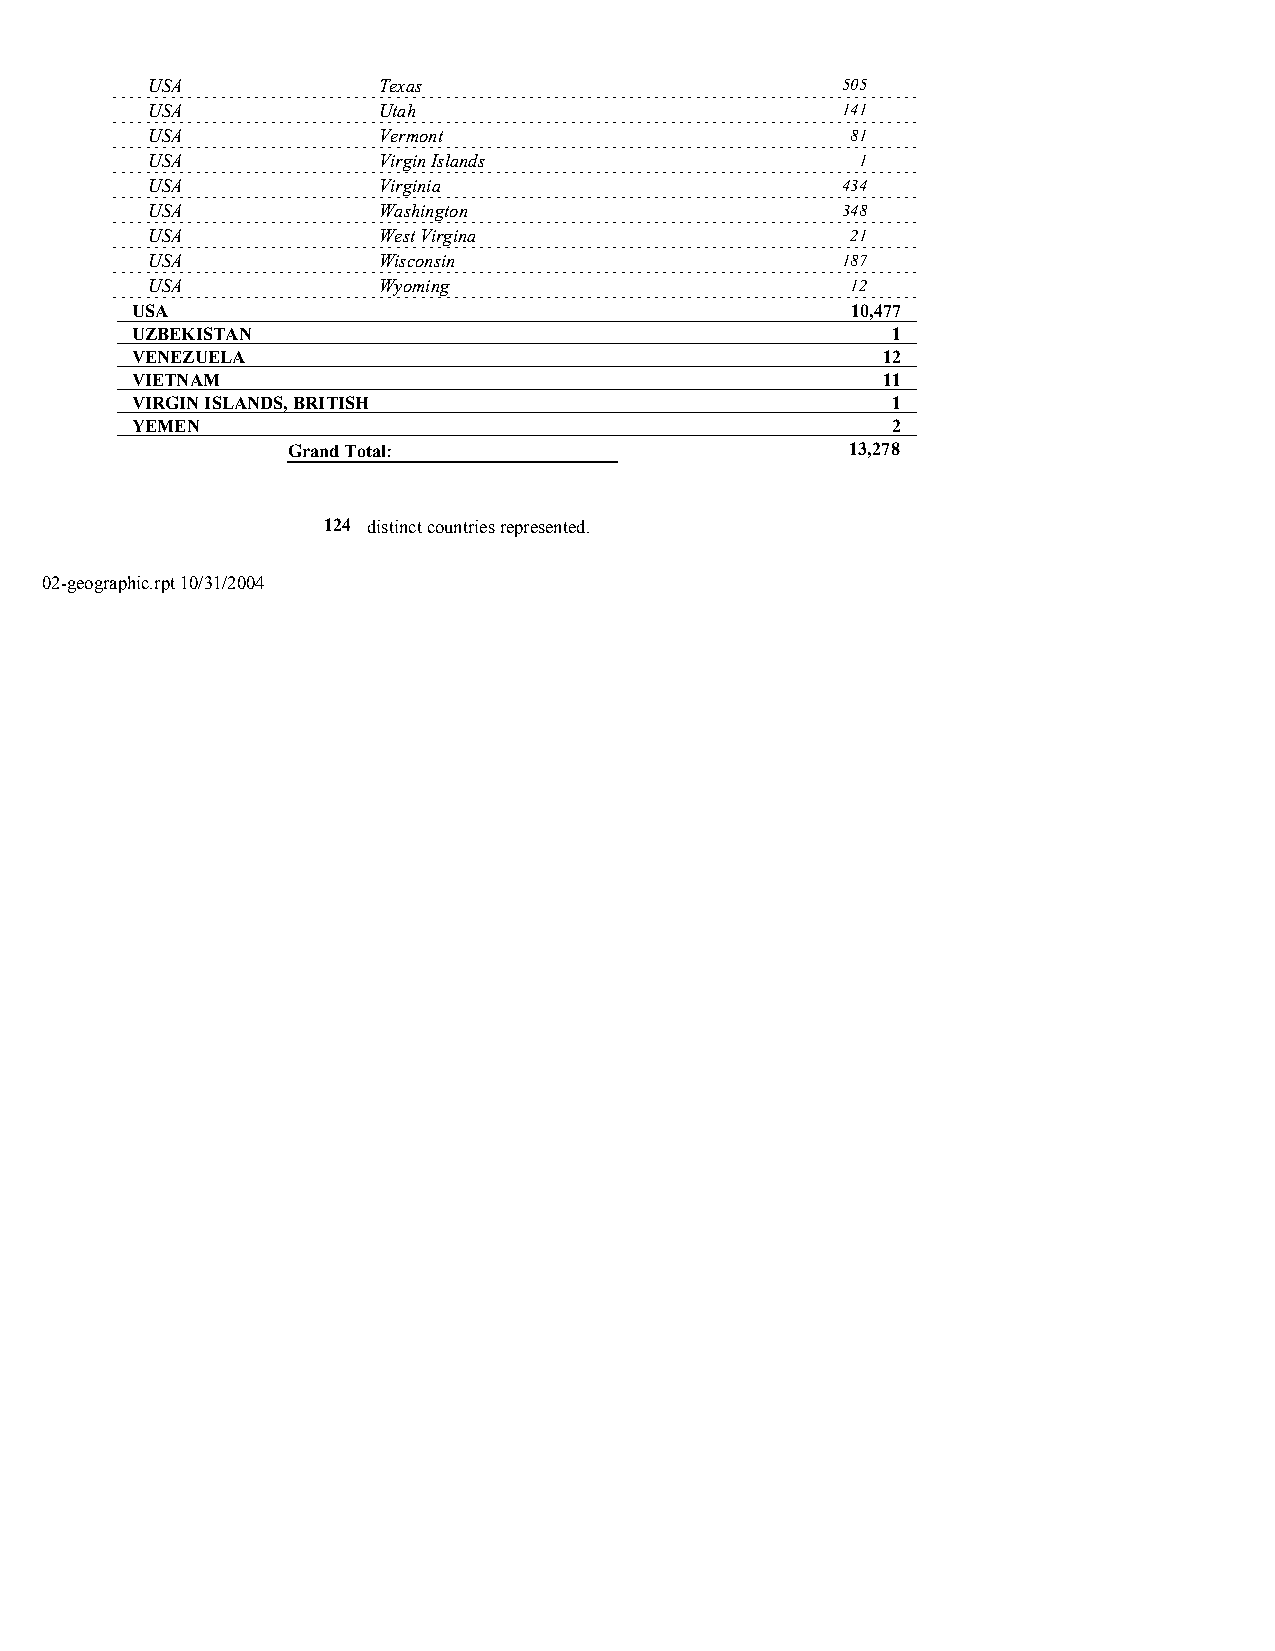
USA            Texas                          505
 USA            Utah                           141
 USA            Vermont                        81
 USA            Virgin Islands                  1
 USA            Virginia                       434
 USA            Washington                     348
 USA            West Virgina                   21
 USA            Wisconsin                      187
 USA            Wyoming                        12
 USA                                            10,477
 UZBEKISTAN                                        1
 VENEZUELA                                        12
 VIETNAM                                          11
 VIRGIN ISLANDS, BRITISH                           1
 YEMEN                                             2
 Grand Total:                         13,278
 124 distinct countries represented.
 02-geographic.rpt 10/31/2004                                               4